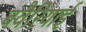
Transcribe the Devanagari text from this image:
बवैरियाई